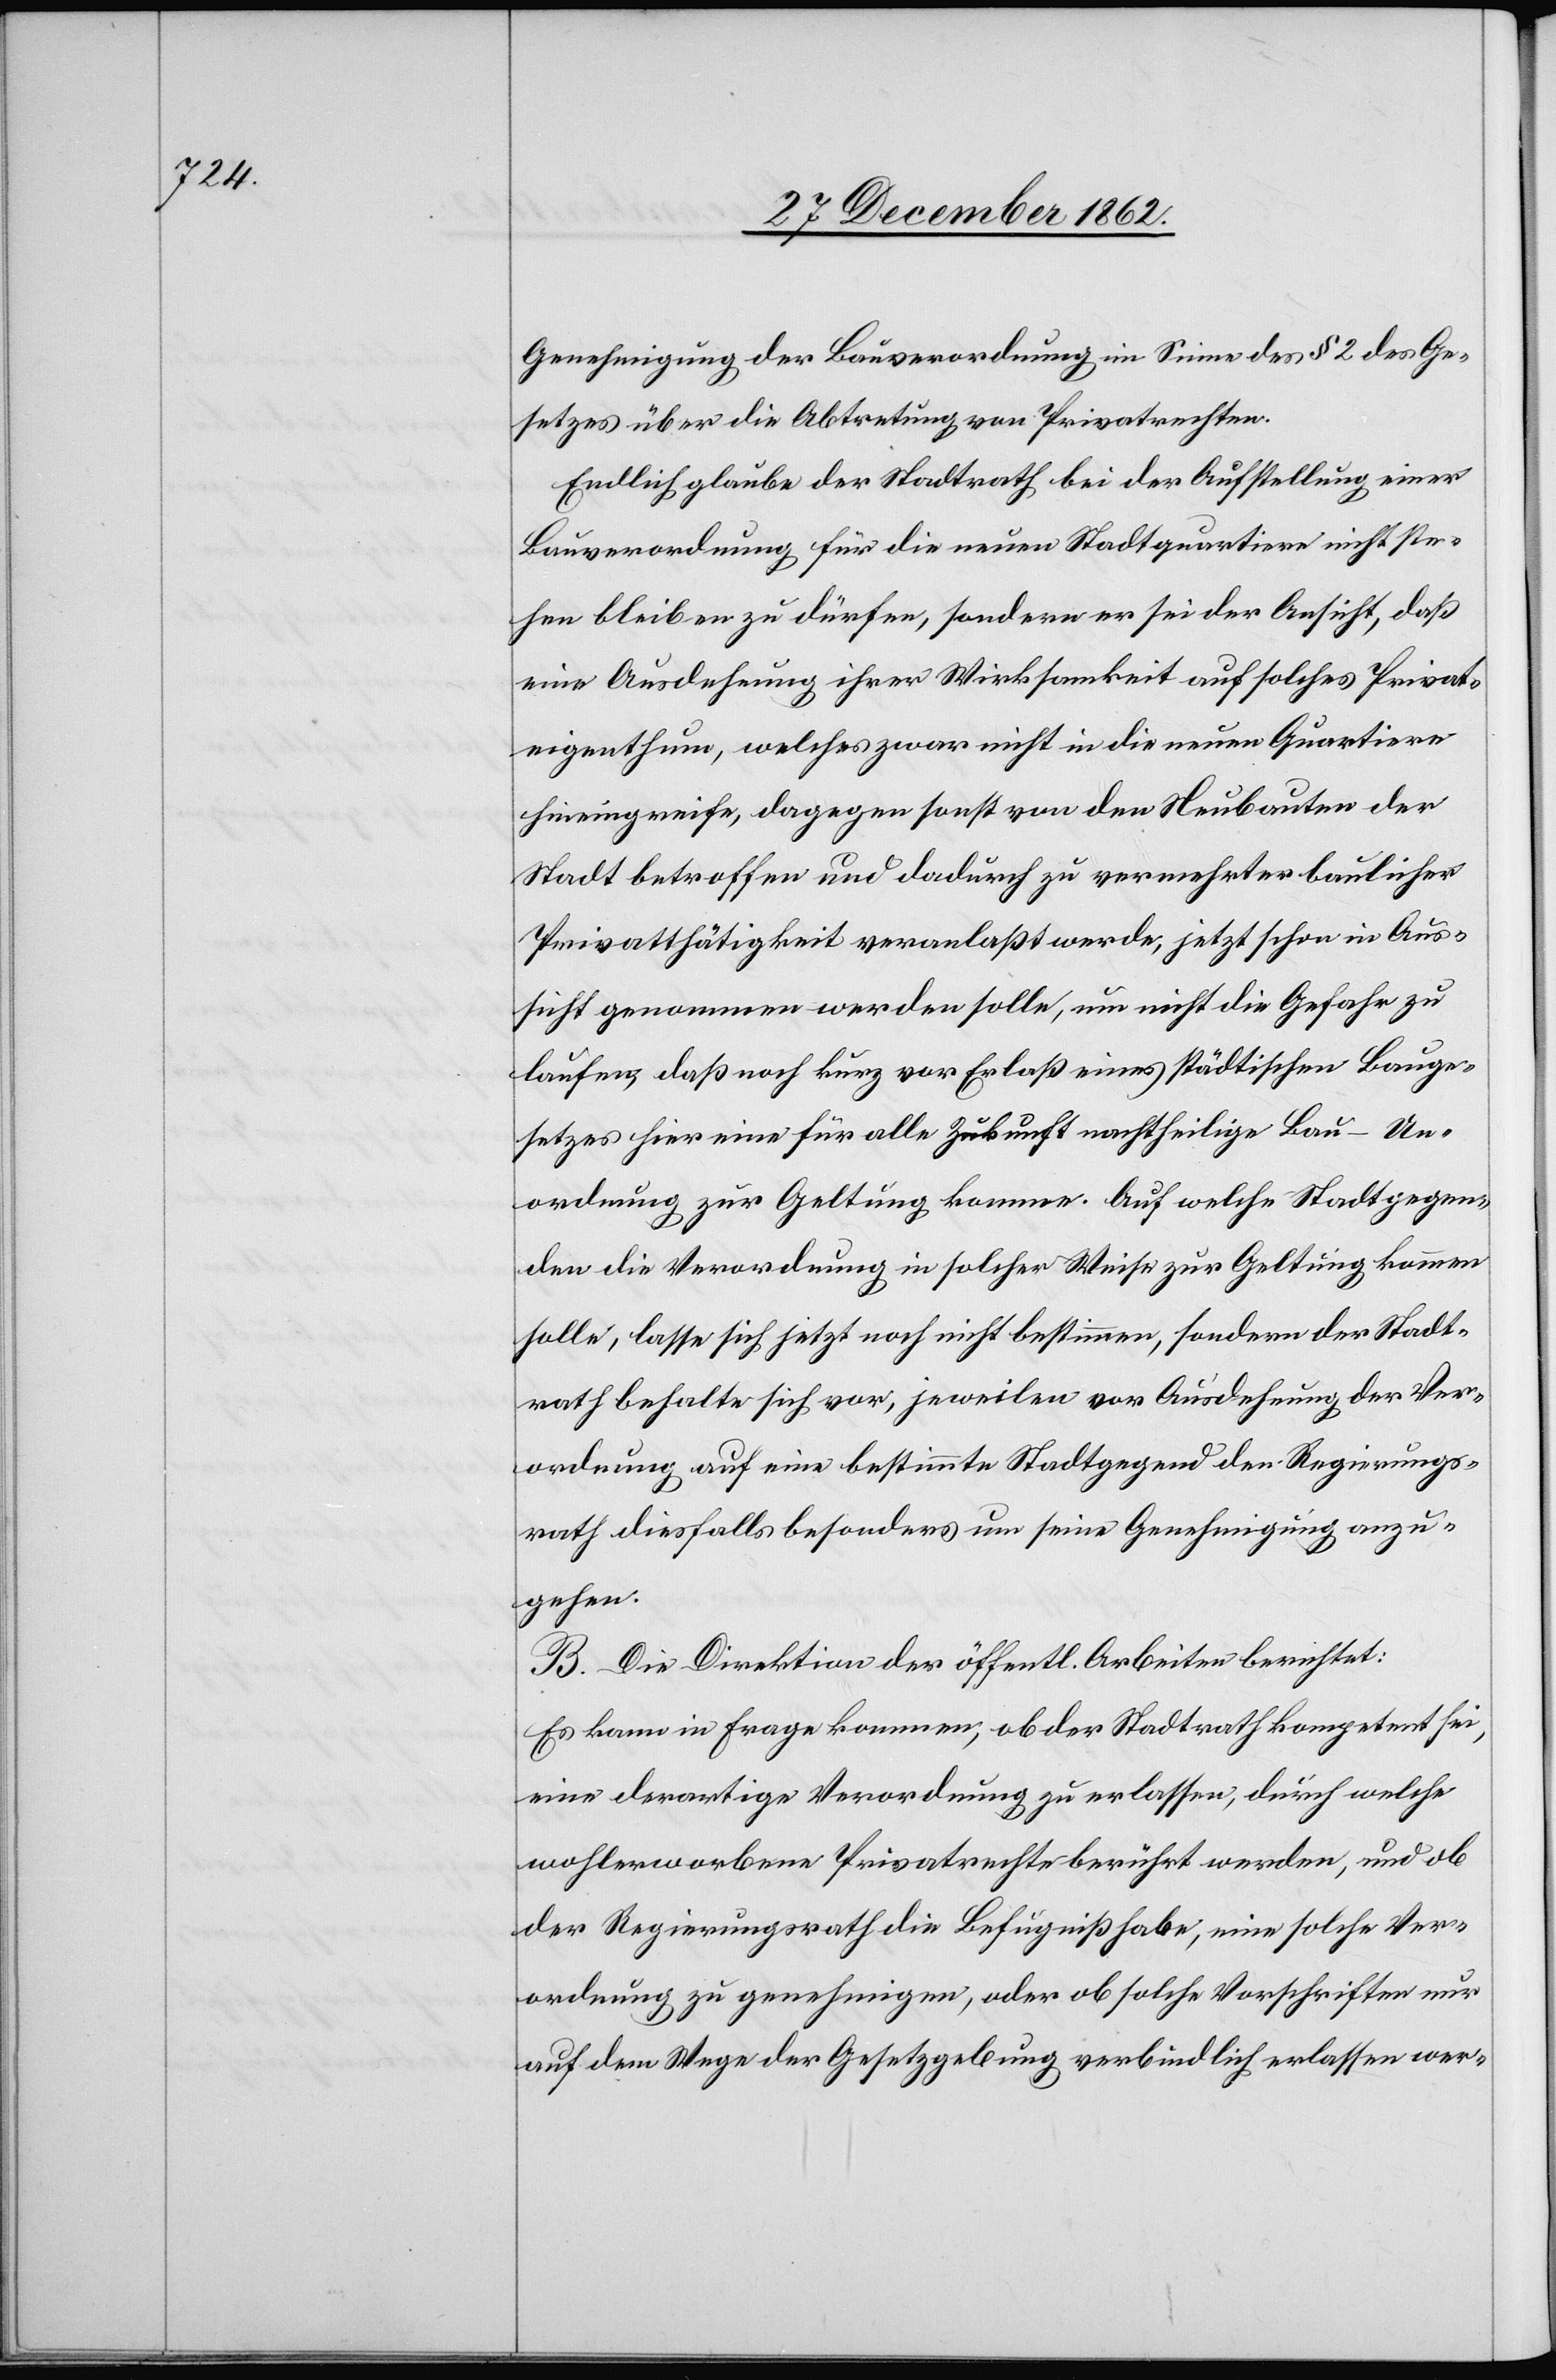
Genehmigung der Bauverordnung im Sinne des § 2 des Ge¬
setzes über die Abtretung von Privatrechten.
Endlich glaube der Stadtrath bei der Aufstellung einer
Bauverordnung für die neuen Stadtquartiere nicht ste¬
hen bleiben zu dürfen, sondern er sei der Ansicht, daß
eine Ausdehnung ihrer Wirksamkeit auf solches Privat¬
eigenthum, welches zwar nicht in die neuen Quartiere
hineingreife, dagegen sonst von den Neubauten der
Stadt betroffen und dadurch zu vermehrter baulicher
Privatthätigkeit veranlaßt werde, jetzt schon in Aus¬
sicht genommen werden solle, um nicht die Gefahr zu
laufen, daß noch kurz vor Erlaß eines städtischen Bauge¬
setztes hier eine für alle Zukunft nachtheilige Bau-Un¬
ordnung zur Geltung komme. Auf welche Stadtgegen¬
den die Verordnung in solcher Weise zur Geltung kommen
solle, lasse sich jetzt noch nicht bestimmen, sondern der Stadt¬
rath behalte sich vor, jeweilen vor Ausdehnung der Ver¬
ordnung auf eine bestimmte Stadtgegend den Regierungs¬
rath diesfalls besonders um seine Genehmigung anzu¬
gehen.
B. Die Direktion der öffentl. Arbeiten berichtet:
Es kann in Frage kommen, ob der Stadtrath kompetent sei,
eine derartige Verordnung zu erlassen, durch welche
wohlerworbene Privatrechte berührt werden, und ob
der Regierungsrath die Befugniß habe, eine solche Ver¬
ordnung zu genehmigen, oder ob solche Vorschriften nur
auf dem Wege der Gesetzgebung verbindlich erlassen wer-